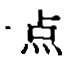
`点点`